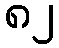
၈၂